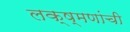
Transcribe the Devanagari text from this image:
लक्ष्मणांची